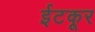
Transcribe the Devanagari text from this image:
ईटकूर